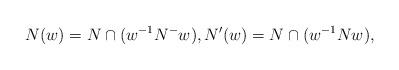
LaTeX: \begin{align*}N(w) = N \cap (w^{-1}N^-w), N'(w) = N \cap (w^{-1}Nw),\end{align*}